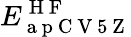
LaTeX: E_{\mathrm{~a~p~C~V~5~Z~}}^{\mathrm{~H~F~}}